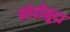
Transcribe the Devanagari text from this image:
सोर्दोमुदा